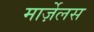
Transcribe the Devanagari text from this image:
मार्ज़ेलस